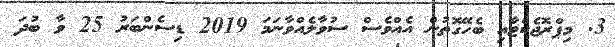
3. މިޕްރޮޖެކްޓާއި ބެހޭގޮތުން އެއްވެސް ސުވާލެއްވާނަމަ 2019 ޑިސެންބަރު 25 ވާ ބުދަ